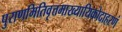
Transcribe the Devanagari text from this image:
पुराणमितिवृत्तमाख्यायिकोदाहरणं